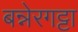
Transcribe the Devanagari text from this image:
बन्नेरगट्टा